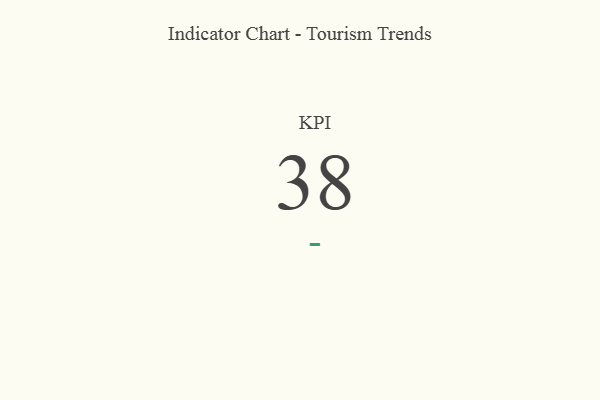
{"axis": {"x": "KPI", "y": "Value"}, "legend": [""], "data": [{"x": "KPI", "y": 38, "type": ""}]}